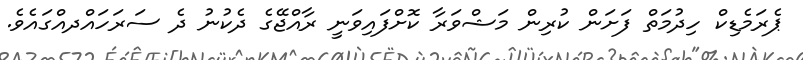
ޕެރަމެޑިކް ހިދުމަތް ފަށަން ކުރިން މަޝްވަރާ ކޮށްފައިވަނީ ރާއްޖޭގެ ދެކުނު ދެ ސަރަހައްދއްގައެވެ.